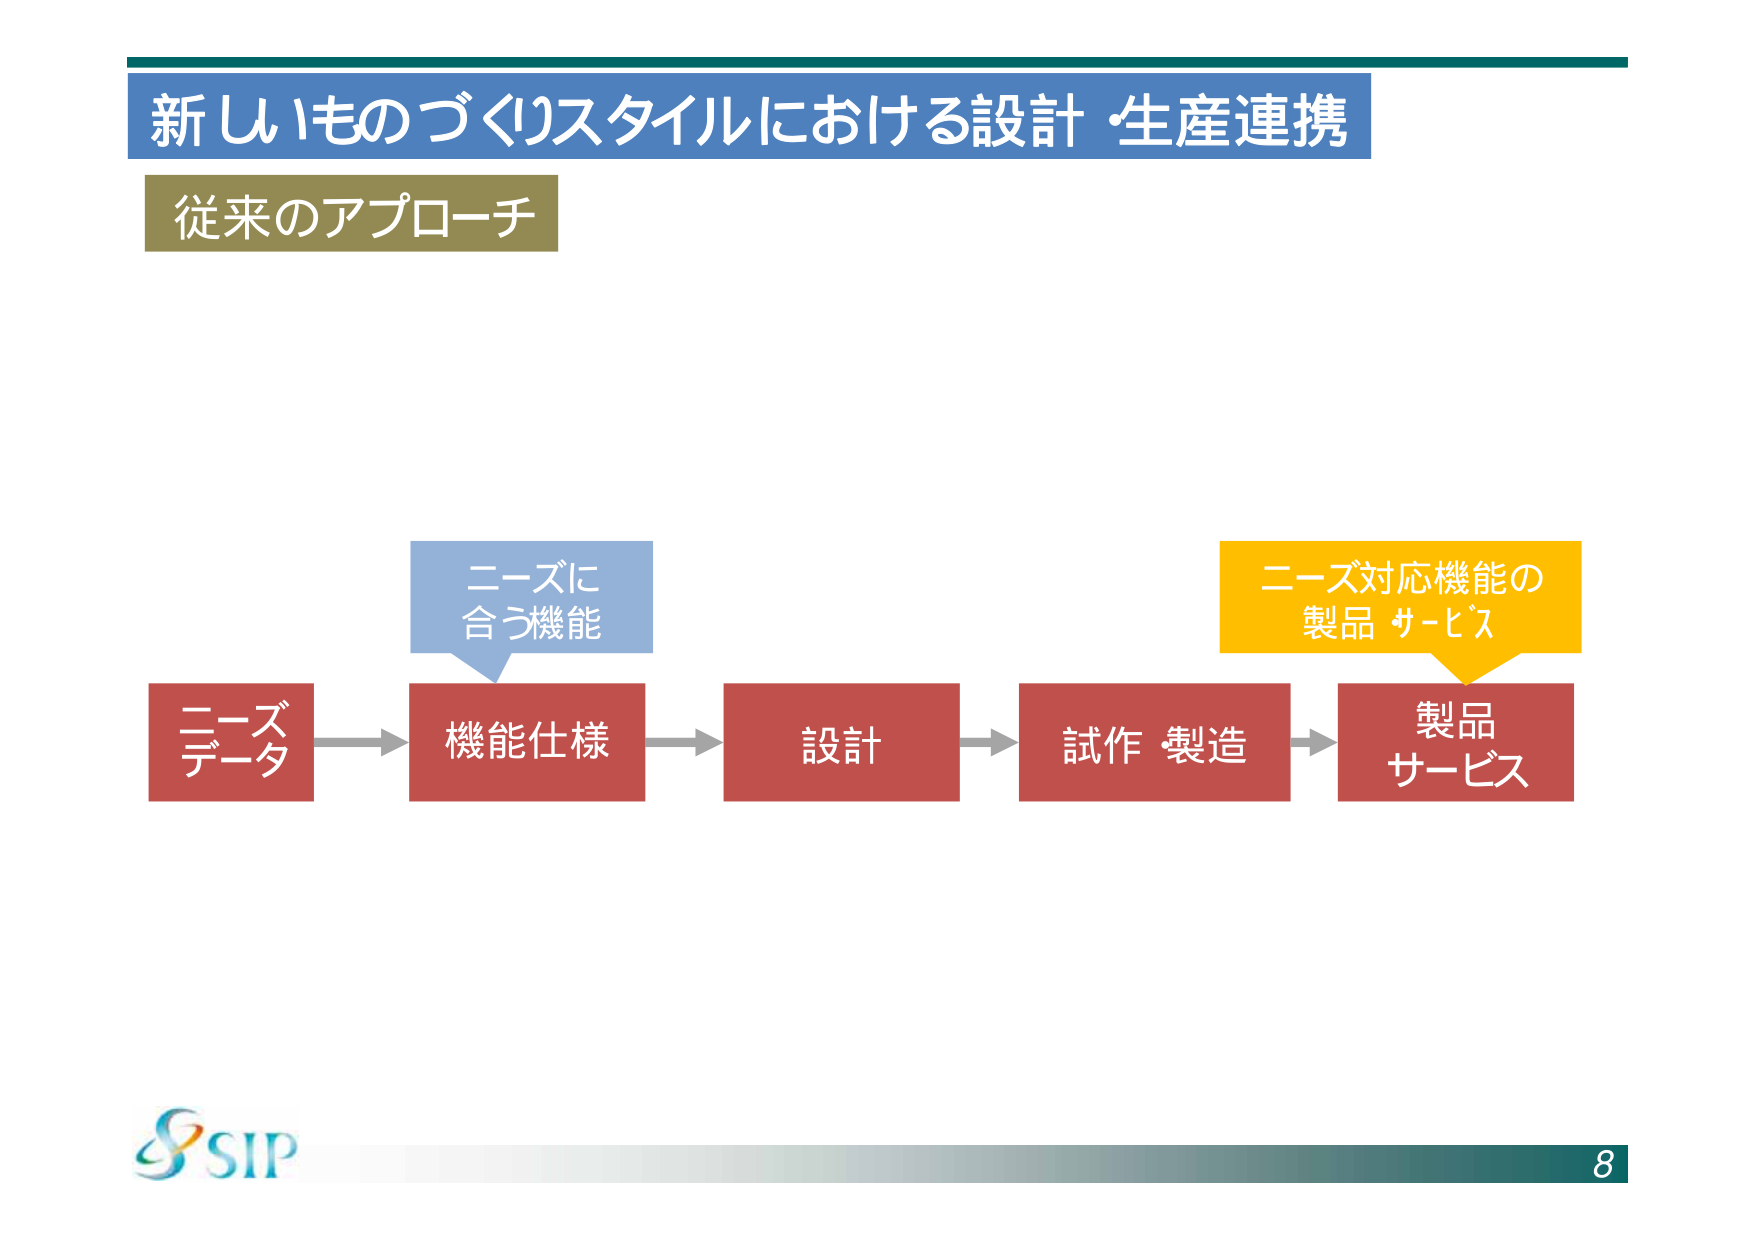
新しいものづくりスタイルにおける設計・生産連携
従来のアプローチ

ニーズデータ
→
機能仕様
→
設計
→
試作・製造
→
製品
サービス

ニーズに
合う機能

ニーズ対応機能の
製品・サービス

SIP
8